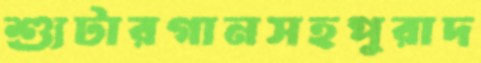
শ্যুটারগানসহপুরাদ